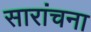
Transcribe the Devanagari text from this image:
सारांचना